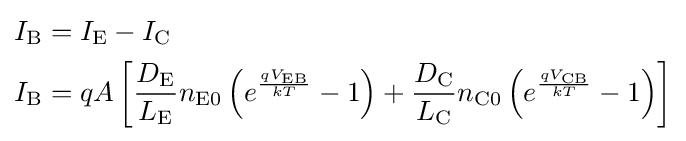
{\begin{aligned}I_{\text{B}}&=I_{\text{E}}-I_{\text{C}}\\I_{\text{B}}&=qA\left[{\frac {D_{\text{E}}}{L_{\text{E}}}}n_{{\text{E}}0}\left(e^{\frac {qV_{\text{EB}}}{kT}}-1\right)+{\frac {D_{\text{C}}}{L_{\text{C}}}}n_{{\text{C}}0}\left(e^{\frac {qV_{\text{CB}}}{kT}}-1\right)\right]\end{aligned}}